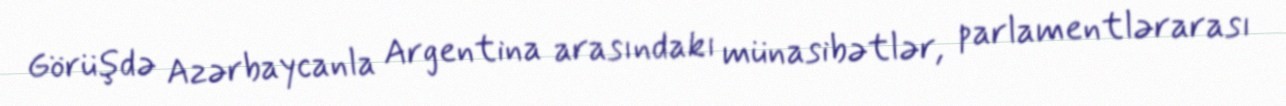
Görüşdə Azərbaycanla Argentina arasındakı münasibətlər, parlamentlərarası